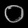
Digit: ၀